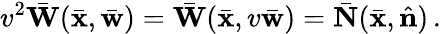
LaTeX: v^{2}\bar{\mathbf W}(\bar{\mathbf x},\bar{\mathbf w})=\bar{\mathbf W}(\bar{\mathbf x},v\bar{\mathbf w})=\bar{\mathbf N}(\bar{\mathbf x},\hat{\mathbf n})\, .